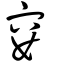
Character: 寠